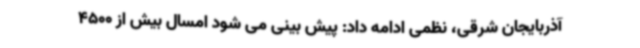
آذربایجان شرقی، نظمی ادامه داد: پیش بینی می شود امسال بیش از 4500